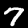
Label: 7